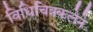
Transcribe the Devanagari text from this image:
विधिचित्रकलेने